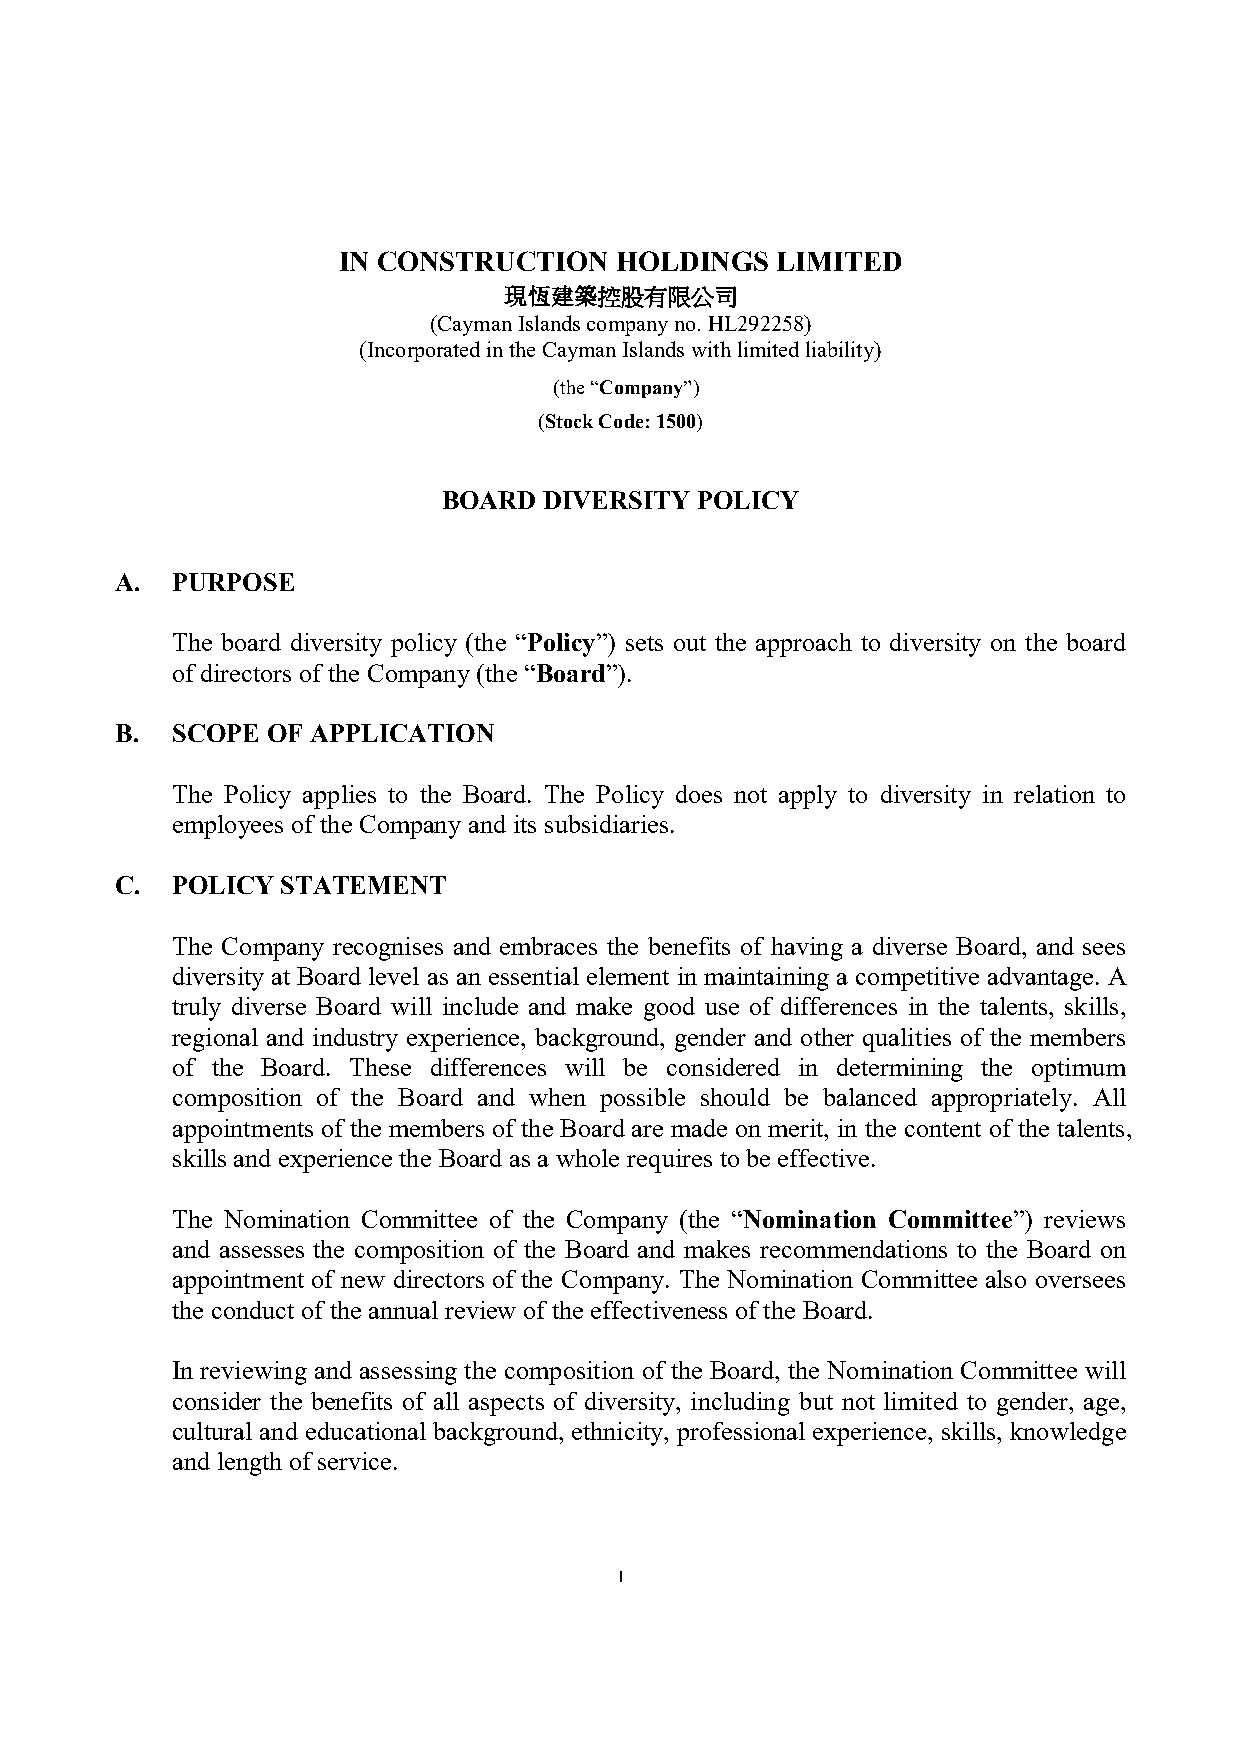
IN CONSTRUCTION    HOLDINGS  LIMITED
 現恆建築控股有限公司
 (Cayman Islands company no. HL292258)
 (Incorporated in the Cayman Islands with limited liability)
 (the “Company”)
 (Stock Code: 1500)
 BOARD  DIVERSITY POLICY
 A. PURPOSE
 The board diversity policy (the “Policy”) sets out the approach to diversity on the board
 of directors of the Company (the “Board”).
 B. SCOPE  OF APPLICATION
 The Policy applies to the Board. The Policy does not apply to diversity in relation to
 employees of the Company and its subsidiaries.
 C. POLICY  STATEMENT
 The Company recognises and embraces the benefits of having a diverse Board, and sees
 diversity at Board level as an essential element in maintaining a competitive advantage. A
 truly diverse Board will include and make good use of differences in the talents, skills,
 regional and industry experience, background, gender and other qualities of the members
 of the Board. These differences will be considered in determining the optimum
 composition of the Board and when possible should be balanced appropriately. All
 appointments of the members of the Board are made on merit, in the content of the talents,
 skills and experience the Board as a whole requires to be effective.
 The Nomination Committee of the Company (the “Nomination Committee”) reviews
 and assesses the composition of the Board and makes recommendations to the Board on
 appointment of new directors of the Company. The Nomination Committee also oversees
 the conduct of the annual review of the effectiveness of the Board.
 In reviewing and assessing the composition of the Board, the Nomination Committee will
 consider the benefits of all aspects of diversity, including but not limited to gender, age,
 cultural and educational background, ethnicity, professional experience, skills, knowledge
 and length of service.
 1